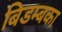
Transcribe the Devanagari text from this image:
बिडम्बका